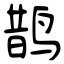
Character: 鹊